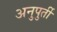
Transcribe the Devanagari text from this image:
अनुपुर्ती